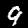
Digit: 9